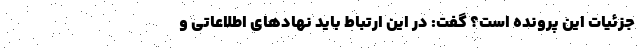
جزئیات این پرونده است؟ گفت: در این ارتباط باید نهادهای اطلاعاتی و